Annual report of the Imperial Bacteriological Laboratory, Muktesar
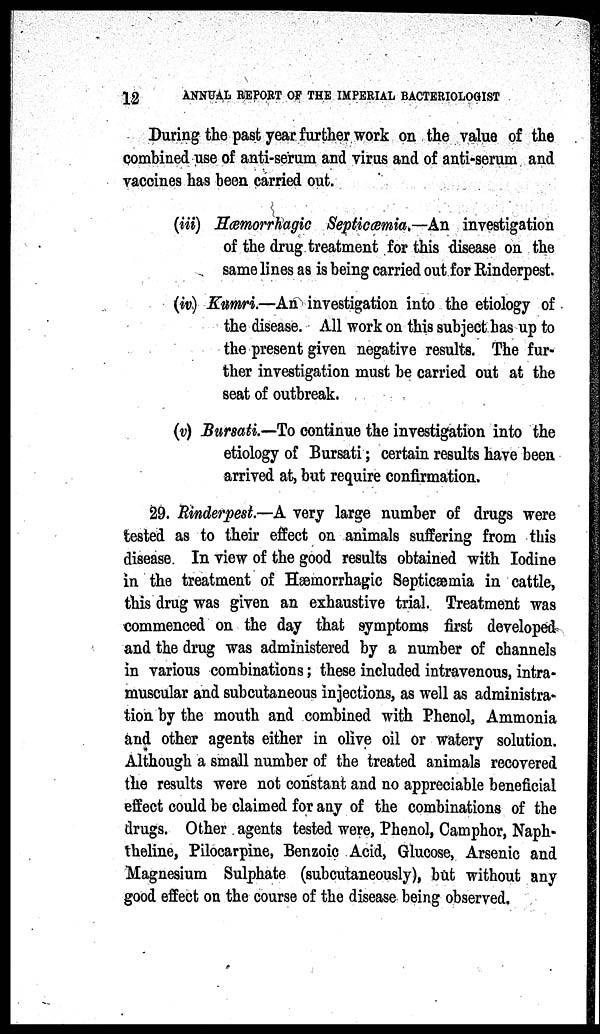
12
ANNUAL REPORT OF THE IMPERIAL BACTERIOLOGIST
During the past year further work on the value of the
combined use of anti-serum and virus and of anti-serum and
vaccines has been carried out.
(iii) Hæmorrhagic Septicæmia.—An investigation
of the drug treatment for this disease on the
same lines as is being carried out for Rinderpest.
(iv) Kumri.—An investigation into the etiology of
the disease. All work on this subject has up to
the present given negative results. The fur-
ther investigation must be carried out at the
seat of outbreak.
(v) Bursati.—To continue the investigation into the
etiology of Bursati ; certain results have been
arrived at, but require confirmation.
29. Rinderpest.—A very large number of drugs were
tested as to their effect on animals suffering from this
disease. In view of the good results obtained with Iodine
in the treatment of Hæmorrhagic Septicæmia in cattle,
this drug was given an exhaustive trial. Treatment was
commenced on the day that symptoms first developed
and the drug was administered by a number of channels
in various combinations ; these included intravenous, intra-
muscular and subcutaneous injections, as well as administra-
tion by the mouth and combined with Phenol, Ammonia
and other agents either in olive oil or watery solution.
Although a small number of the treated animals recovered
the results were not constant and no appreciable beneficial
effect could be claimed for any of the combinations of the
drugs. Other agents tested were, Phenol, Camphor, Naph-
theline, Pilocarpine, Benzoic Acid, Glucose, Arsenic and
Magnesium Sulphate (subcutaneously), but without any
good effect on the course of the disease being observed.